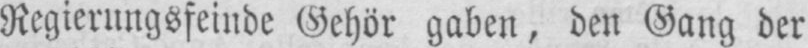
Regierungsfeinde Gehör gaben, den Gang der